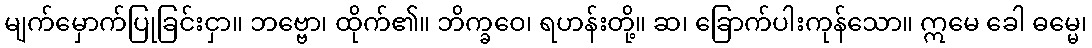
မျက်မှောက်ပြုခြင်းငှာ။ ဘဗ္ဗော၊ ထိုက်၏။ ဘိက္ခဝေ၊ ရဟန်းတို့။ ဆ၊ ခြောက်ပါးကုန်သော။ ဣမေ ခေါ ဓမ္မေ၊